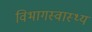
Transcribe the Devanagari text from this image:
विभागस्वास्थ्य